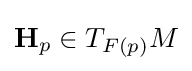
{\textbf {H}}_{p}\in T_{F(p)}M